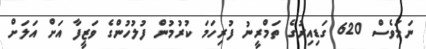
ނަމަވެސް 620 ގަޑިއިރުގެ ތަމްރީނު ފުރިހަމަ ކުރުމުން ފުލުހުންގެ ވަޒީފާ އަށް އަލަށް